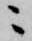
ニ